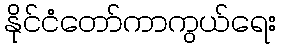
နိုင်ငံတော်ကာကွယ်ရေး